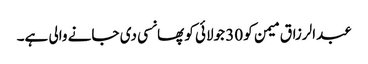
عبدالرزاق میمن کو 30 جولائی کو پھانسی دی جانے والی ہے۔